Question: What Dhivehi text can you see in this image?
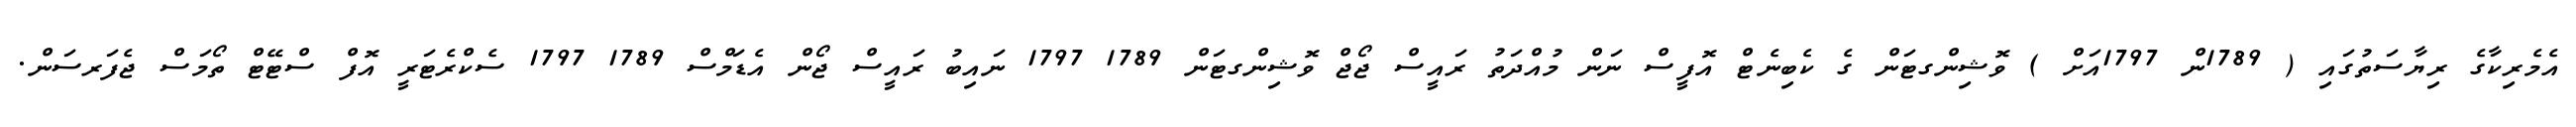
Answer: އެމެރިކާގެ ރިޔާސަތުގައި ( 1789ން 1797އަށް ) ވޮޝިންގޓަން ގެ ކެބިނެޓް އޮފީސް ނަން މުއްދަތު ރައީސް ޖޯޖް ވޮޝިންގޓަން 1789 1797 ނައިބު ރައީސް ޖޯން އެޑަމްސް 1789 1797 ސެކްރެޓަރީ އޮފް ސްޓޭޓް ތޯމަސް ޖެފަރސަން.